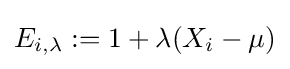
E_{i,\lambda }:=1+\lambda (X_{i}-\mu )